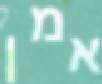
אמן